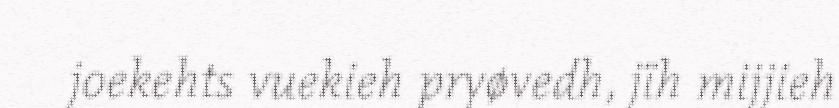
joekehts vuekieh pryøvedh, jïh mijjieh